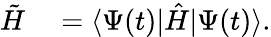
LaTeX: \begin{array}{rl}{\tilde{H}}&{{}=\langle\Psi(t)|\hat{H}|\Psi(t)\rangle.}\end{array}